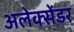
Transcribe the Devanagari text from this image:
अलेक्‍सेंडर